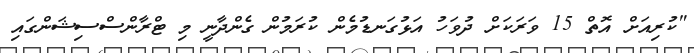
"ކުރިއަށް އޮތް 15 ވަރަކަށް ދުވަހު އަޅުގަނޑުމެން ކުރަމުން ގެންދާނީ މި ޓްރާންސްސިޝަންގައި